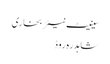
سینیٹ نیئر بخاری
شاہدرہ روڈ